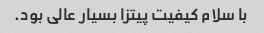
با سلام کیفیت پیتزا بسیار عالی بود.